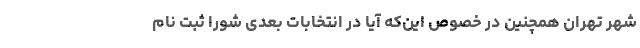
شهر تهران همچنین در خصوص این‌که آیا در انتخابات بعدی شورا ثبت نام